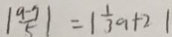
\vert \frac { a - 9 } { 5 } \vert = \vert \frac { 1 } { 3 } a + 2 \vert